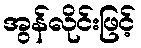
အွန်လိုင်းဖြင့်